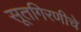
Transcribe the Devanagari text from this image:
सूतगिरणीचे